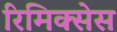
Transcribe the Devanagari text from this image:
रिमिक्सेस